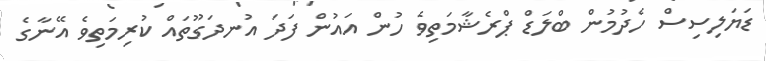
ޑަޔަލިސިސް ހެދުމުން ބްލަޑް ޕްރެޝާމަތިވެ ހުން އައުން ފަދަ އުނދަގޫތައް ކުރިމަތިވެ އޭނާގެ